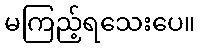
မကြည့်ရသေးပေ။